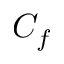
C _ { f }